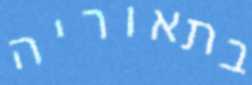
בתאוריה